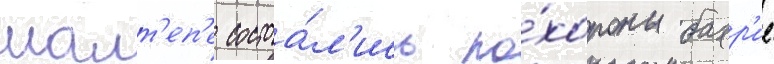
малт'еп'е состоа́л'ись по́хороны бахр'ие